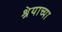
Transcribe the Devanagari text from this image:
श्रेयाच्या